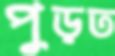
পুড়ত